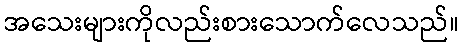
အသေးများကိုလည်းစားသောက်လေသည်။